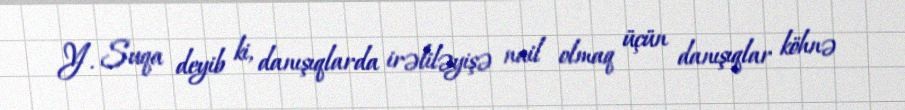
Y. Suqa deyib ki, danışıqlarda irəliləyişə nail olmaq üçün danışıqlar köhnə